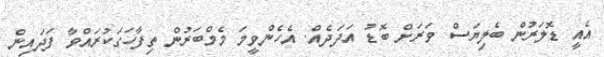
އެއީ ޑޮލަރުން ބެލިޔަސް ވަރަށް ބޮޑު އަދަދެއް. އެހެންވީމަ މެމްބަރުން ތިފާހަގަކުރައްވާ ފަދައިން